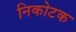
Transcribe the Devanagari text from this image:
निकोटक